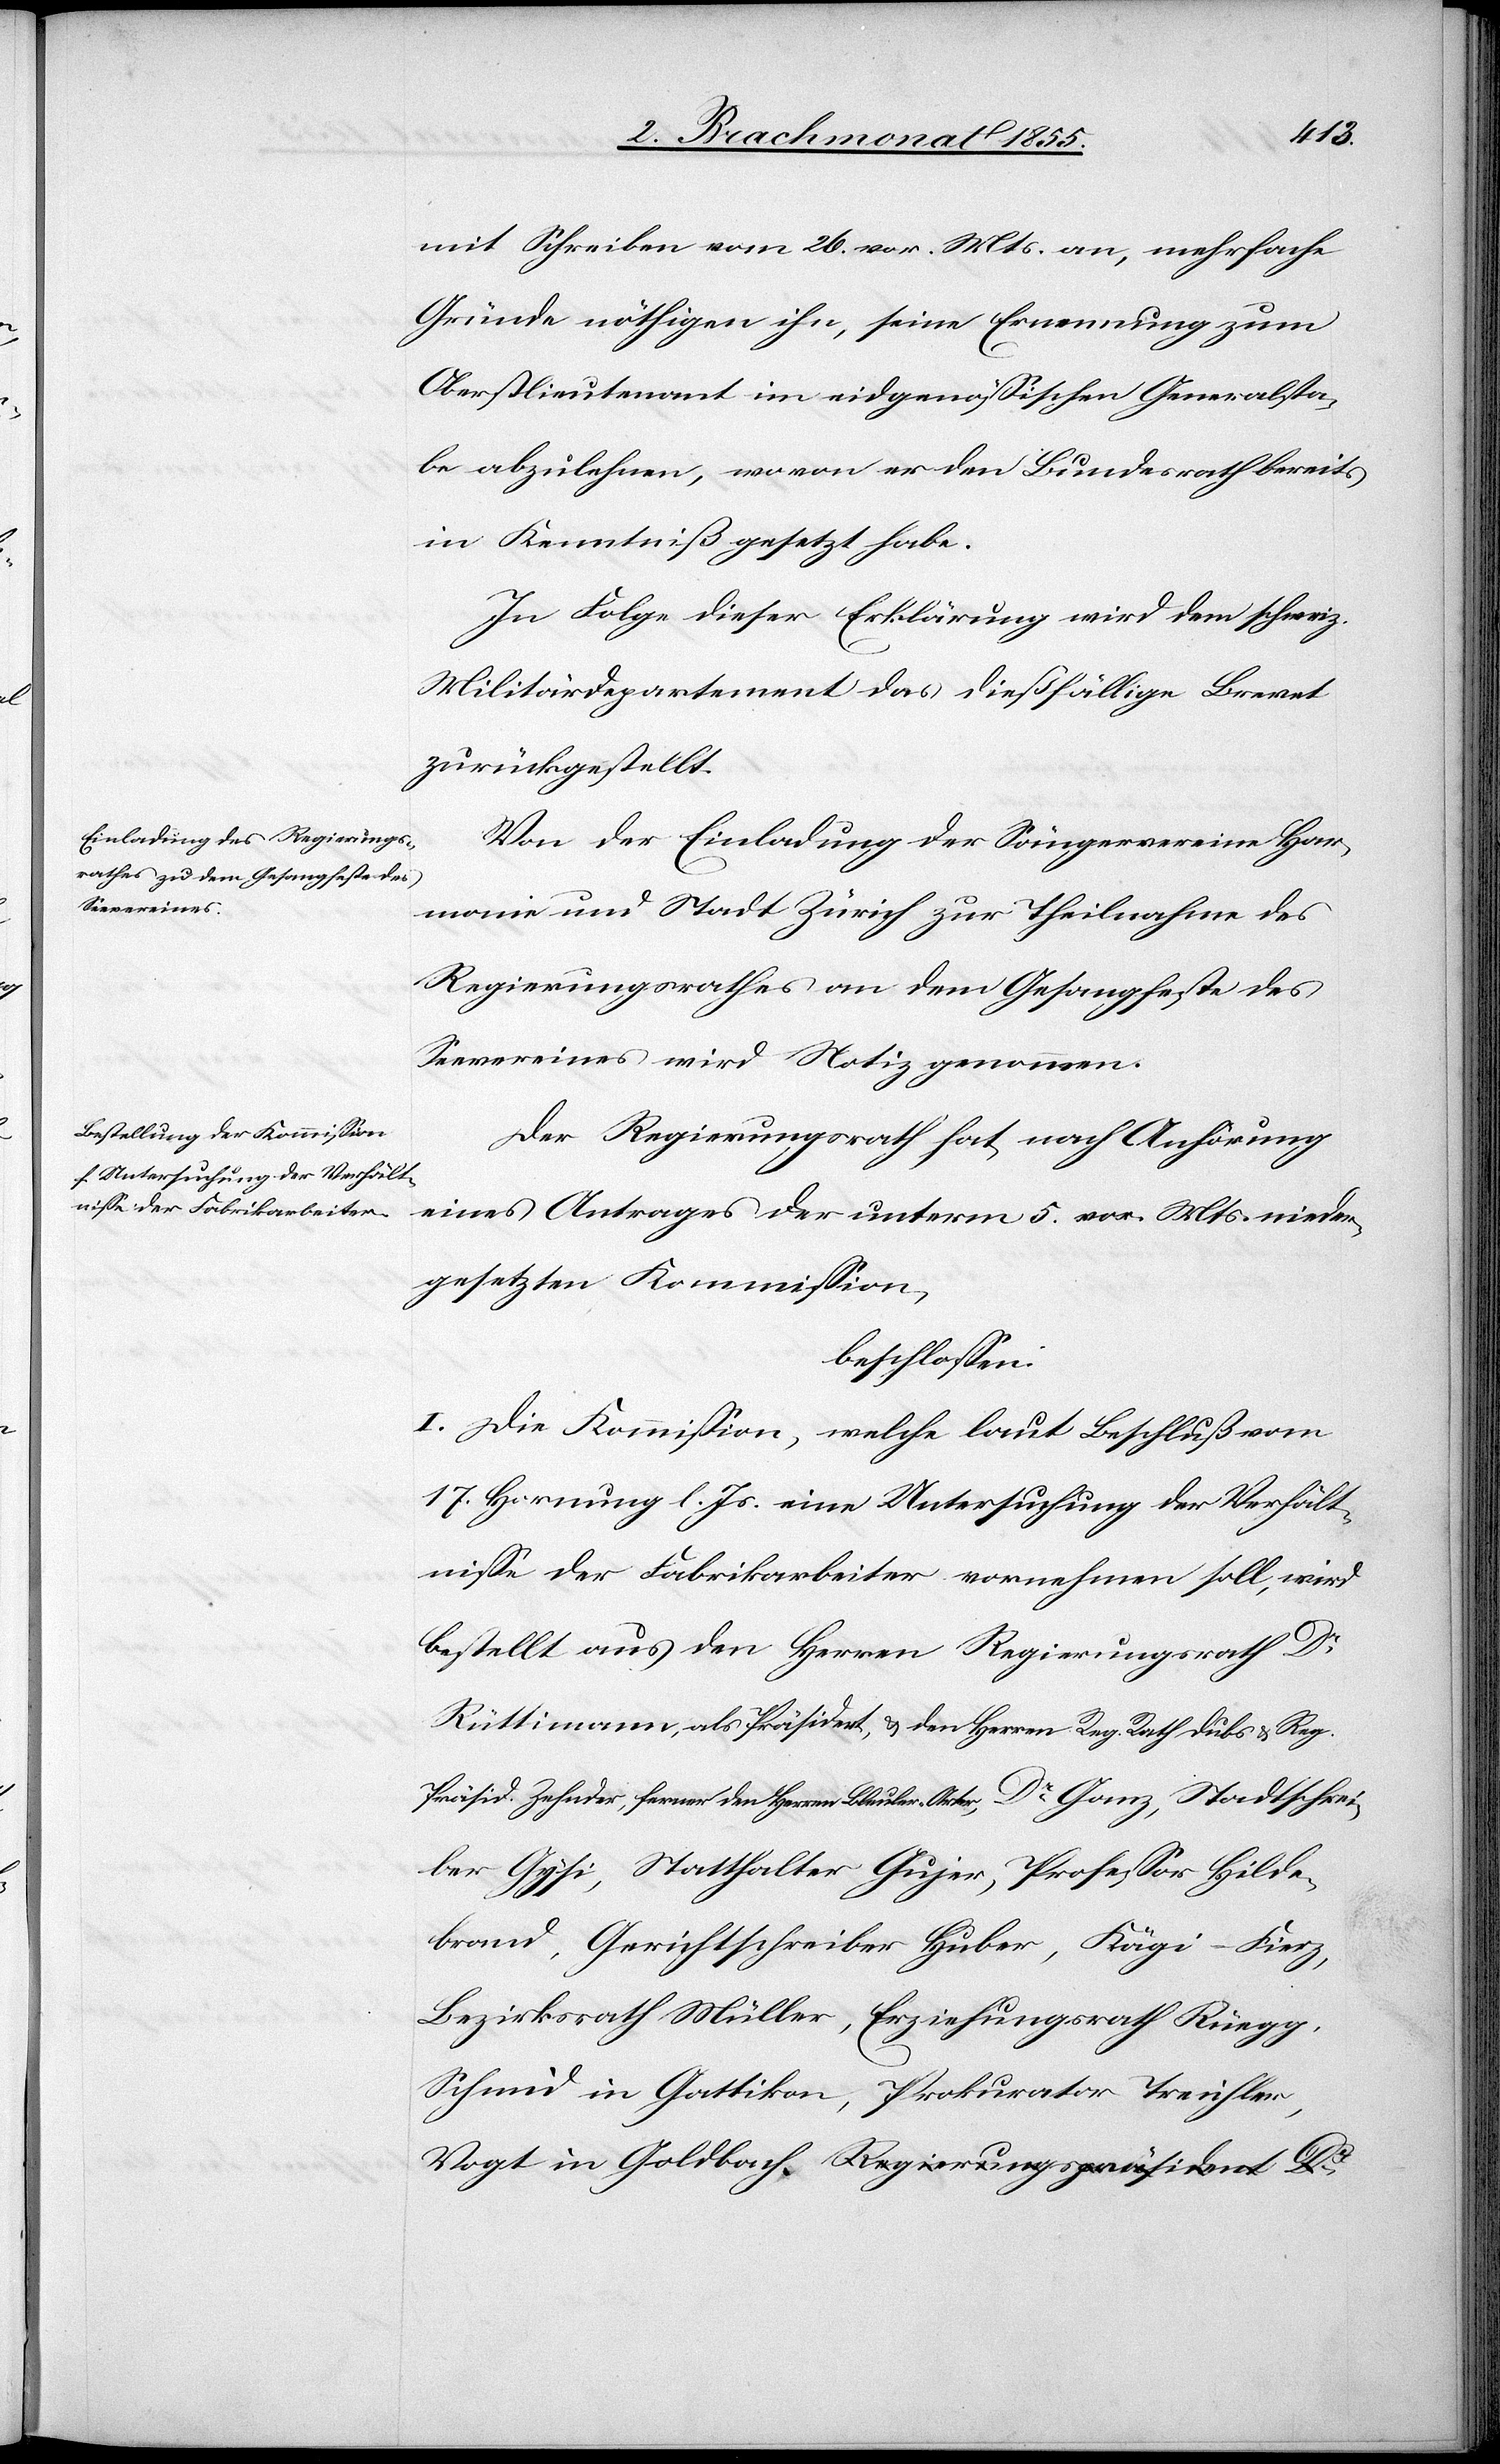
mit Schreiben vom 26. vor. Mts. an, mehrfache
Gründe nöthigen ihn, seine Ernennung zum
Oberstlieutenant im eidgenössischen Generalsta¬
be abzulehnen, wovon er den Bundesrath bereits
in Kenntniß gesetzt habe.
In Folge dieser Erklärung wird dem schweiz.
Militärdepartement das dießfällige Brevet
zurückgestellt.
Von der Einladung der Sängervereine Har¬
monie und Stadt Zürich zur Theilnahme des
Regierungsrathes an dem Gesangfeste des
Seevereines wird Notiz genommen.
Der Regierungsrath hat, nach Anhörung
eines Antrages der unterm 5. vor. Mts. nieder¬
gesetzten Kommission,
beschlossen:
I. Die Kommission, welche laut Beschluß vom
17. Hornung l. Js. eine Untersuchung der Verhält¬
nisse der Fabrikarbeiter vornehmen soll, wird
bestellt aus den Herren Regierungsrath Dr
Rüttimann, a-als Präsident, & den Herren Reg. Rath Dubs & Reg.
Präsid. Zehnder, ferner den Herren Bleuler-Arter-a, Dr Ganz, Stadtschrei¬
ber Gysi, Statthalter Gujer, Professor Hilde¬
brand, Gerichtschreiber Huber, Kägi-Fierz,
Bezirksrath Müller, Erziehungsrath Rüegg,
Schmid in Gattikon, Prokurator Treichler,
Vogt in Goldbach. a-Regierungspräsident Dr